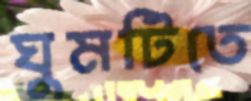
ঘুমটিতে